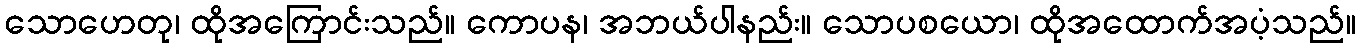
သောဟေတု၊ ထိုအကြောင်းသည်။ ကောပန၊ အဘယ်ပါနည်း။ သောပစယော၊ ထိုအထောက်အပံ့သည်။